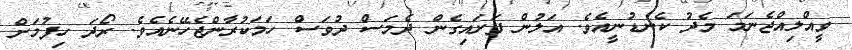
ވީއްލިއްޖެނަމަ މެދު ކެނޑުނީއެވެ. އަލުން ފަށައިގެން ދެމަސް ދުވަސް ހަމަކުރާންޖެހޭނެއެވެ. ރޯދަ ހިފުމަށް